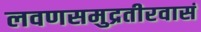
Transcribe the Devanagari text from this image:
लवणसमुद्रतीरवासं